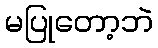
မပြုတော့ဘဲ